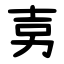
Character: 㔛